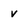
Character: v